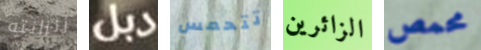
زنزانته دبل تتحمس الزائرين محمص